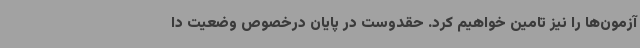
آزمون‌ها را نیز تامین خواهیم کرد. حقدوست در پایان درخصوص وضعیت دا